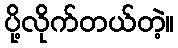
ပို့လိုက်တယ်တဲ့။